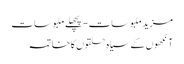
مزید ملبوسات - پچھلے ملبوسات
آنکھوں‌ کے سیاہ حلقوں کا خاتمہ